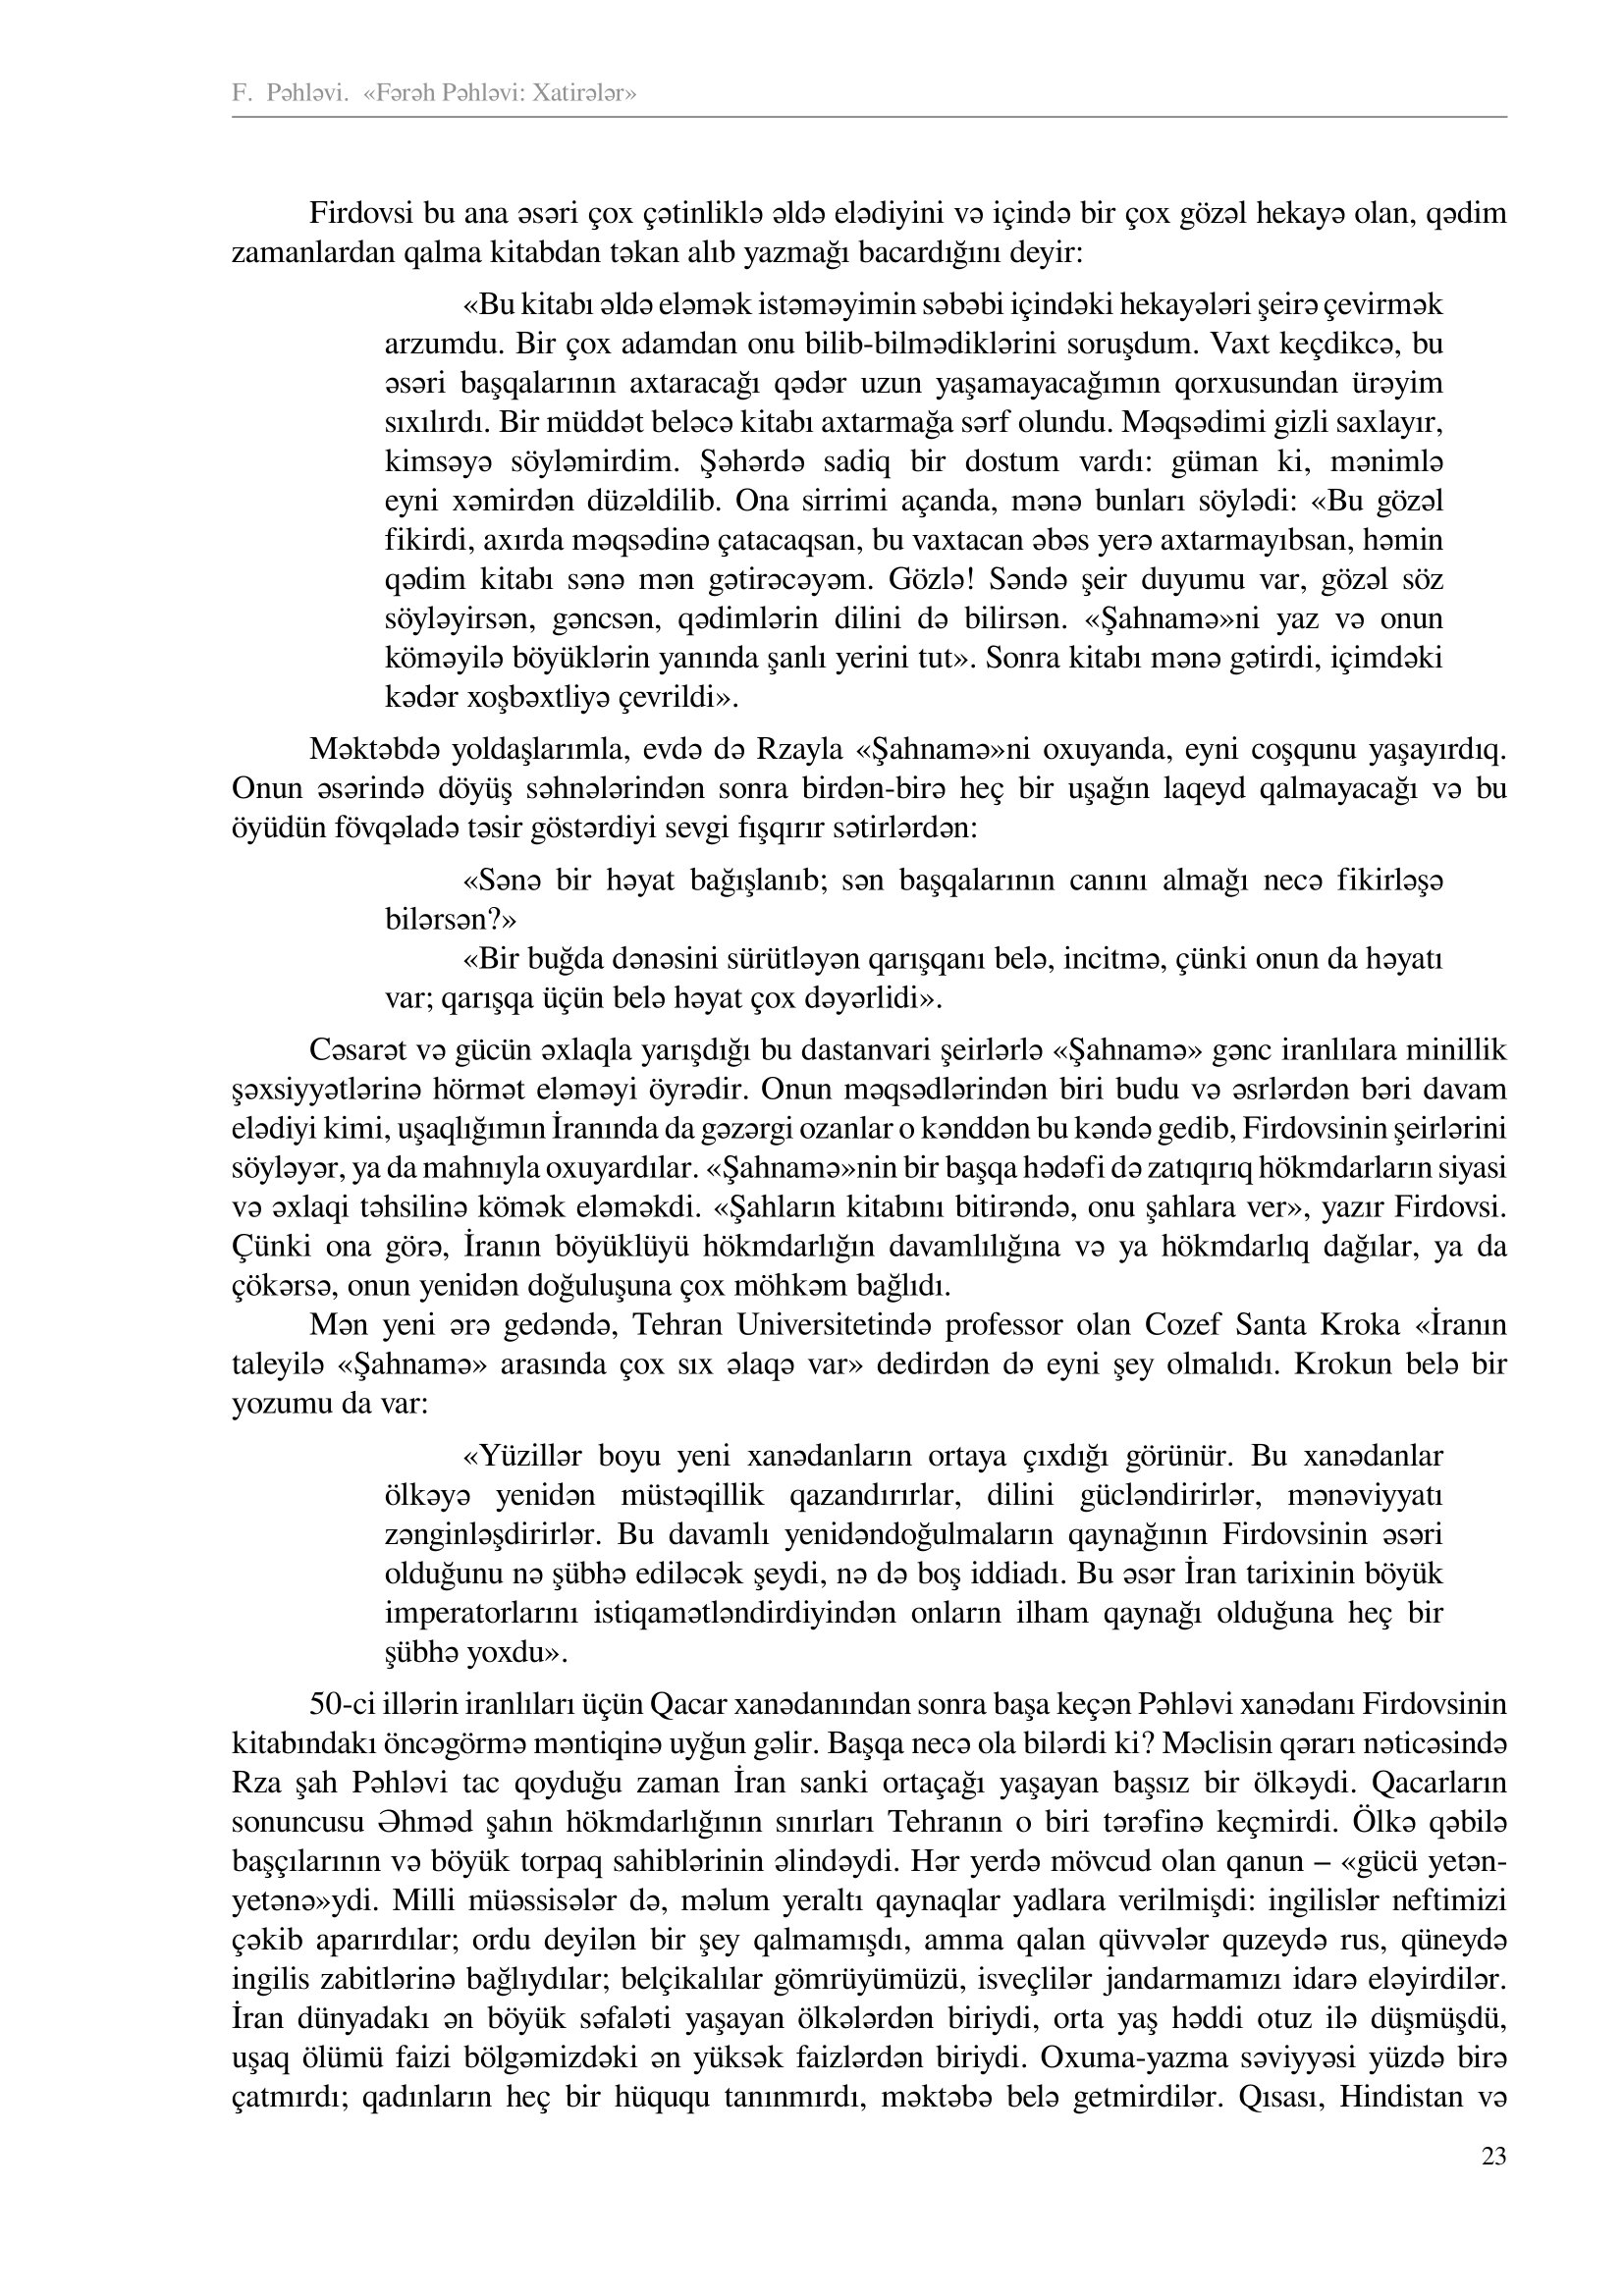
Language: az